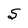
Character: S